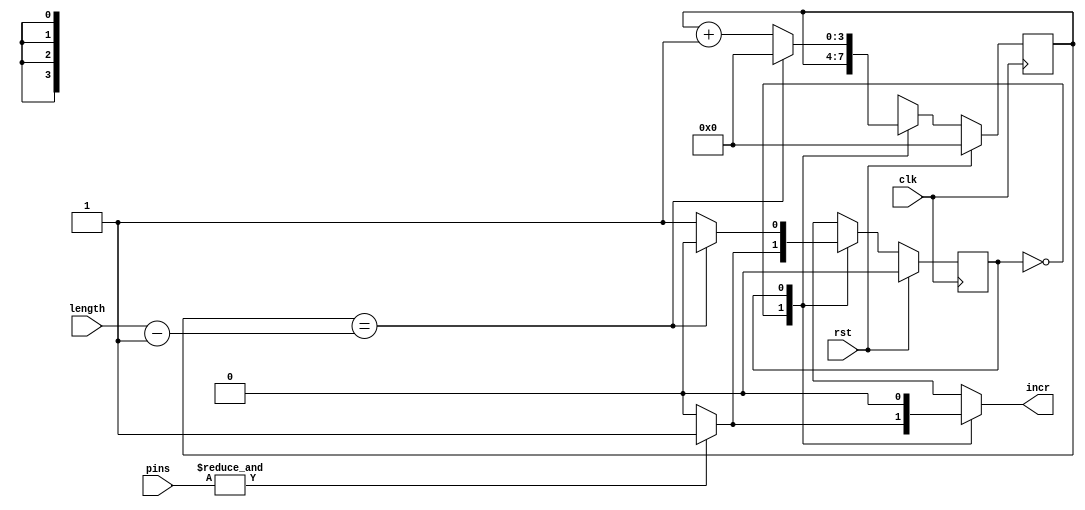
/*
   This file was generated automatically by the Mojo IDE version B1.3.5.
   Do not edit this file directly. Instead edit the original Lucid source.
   This is a temporary file and any changes made to it will be destroyed.
*/

module comparator_13 (
    input clk,
    input rst,
    input [3:0] pins,
    input [3:0] length,
    output reg incr
  );
  
  
  
  
  localparam COMPARE_state = 1'd0;
  localparam SLEEP_state = 1'd1;
  
  reg M_state_d, M_state_q = COMPARE_state;
  
  reg [3:0] M_ctr_d, M_ctr_q = 1'h0;
  
  always @* begin
    M_state_d = M_state_q;
    M_ctr_d = M_ctr_q;
    
    incr = 1'h0;
    
    case (M_state_q)
      COMPARE_state: begin
        if ((&pins)) begin
          incr = 1'h1;
          M_state_d = SLEEP_state;
        end
      end
      SLEEP_state: begin
        if (M_ctr_q == length - 1'h1) begin
          M_ctr_d = 1'h0;
          M_state_d = COMPARE_state;
        end else begin
          M_ctr_d = M_ctr_q + 1'h1;
        end
      end
    endcase
  end
  
  always @(posedge clk) begin
    if (rst == 1'b1) begin
      M_state_q <= 1'h0;
    end else begin
      M_state_q <= M_state_d;
    end
  end
  
  
  always @(posedge clk) begin
    if (rst == 1'b1) begin
      M_ctr_q <= 1'h0;
    end else begin
      M_ctr_q <= M_ctr_d;
    end
  end
  
endmodule